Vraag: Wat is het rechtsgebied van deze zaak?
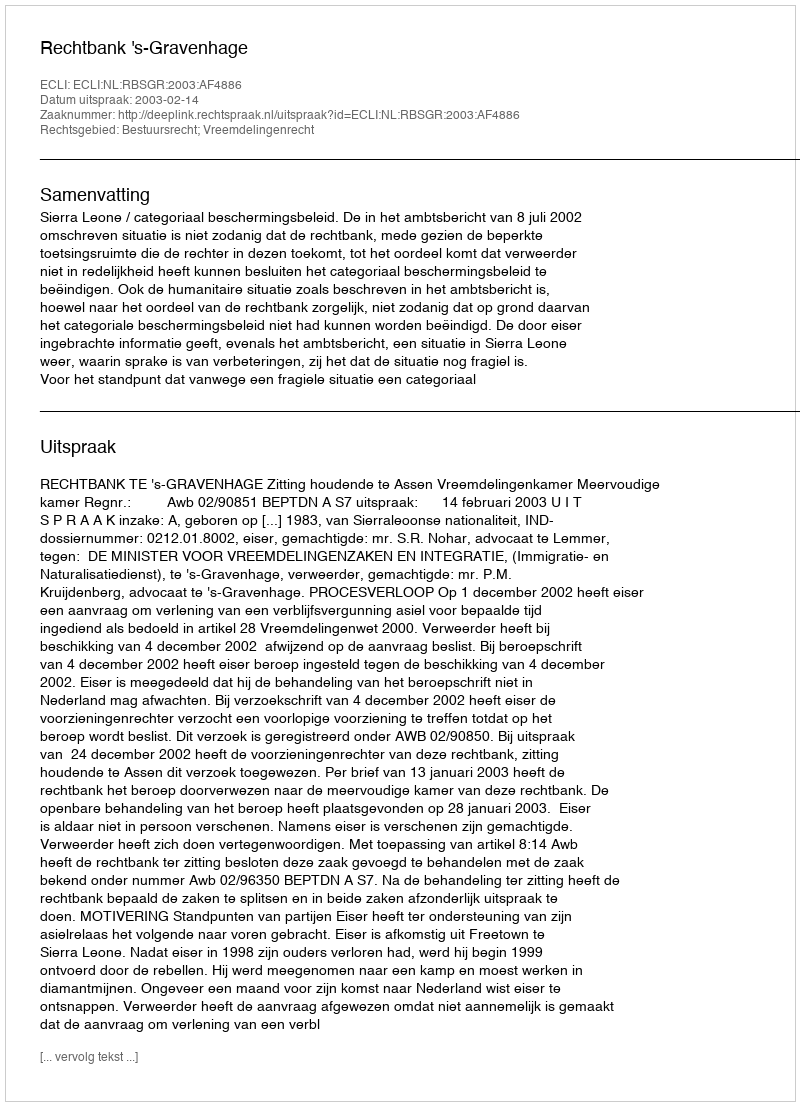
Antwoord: Bestuursrecht; Vreemdelingenrecht